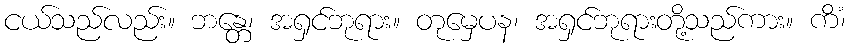
ငယ်သည်လည်း။ ဘန္တေ၊ အရှင်ဘုရား။ တုမှေပန၊ အရှင်ဘုရားတို့သည်ကား။ ကိံ၊